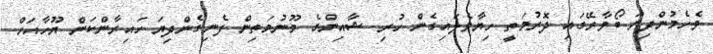
ވެހެމުންދިޔަ ބޯވާރޭގައި ދޮރުމަތީ ހިޔާވެލައިގެން ހުރި ޝާއިންގެ މޫނުމަތިން ފެނިގެންދިޔަ ހައިރާންކަން ޔޫހާއަށް